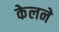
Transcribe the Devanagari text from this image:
केलने